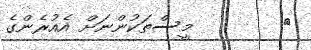
١        މީސްތަކުންނަށް އެއުރެންގެ